King Institute of Preventive Medicine Micro-Biological Section reports 1909-11
Year: 1909
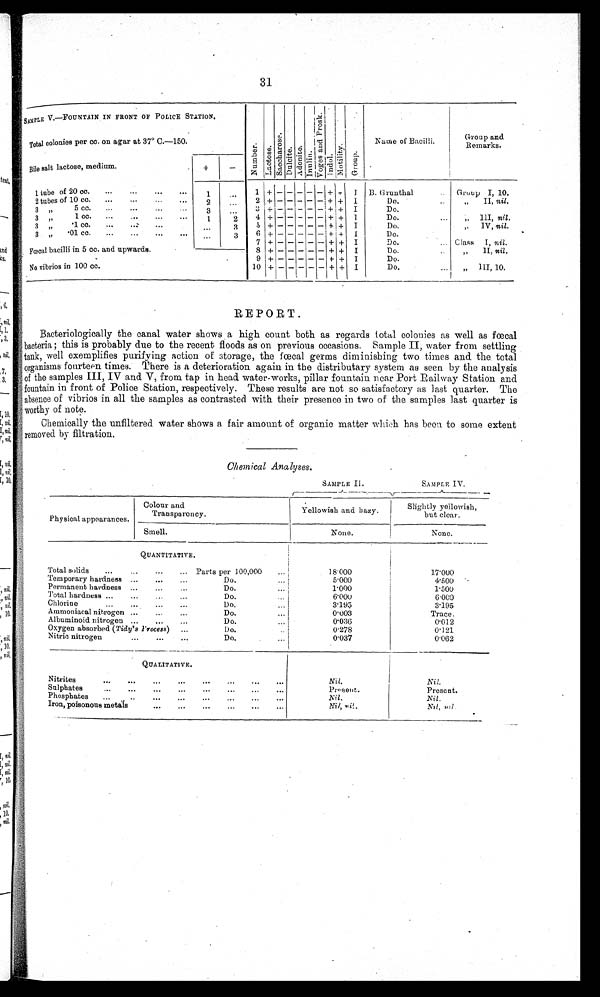
31
SAMPLE V.—FOUNTAIN IN FRONT OF POLICE STATION.
N u m b e r . L a c t o s e .
S a c h a c c r o s e .
D u l c i t e .
A d o n i t e . I n u l i n .
V o g e s a n d P r o s k .
Indol.
M o t i l i t y .
Group.
Name of Bacilli.
Group and
Remarks.
Total colonies per cc. on agar at 37° C.—150.
Bile salt lactose, medium.
+
-
1 tube of 20 cc.
...
...
...
...
1
...
1
+ - - - - - + + I B. Grunthal
... Group I, 10.
2 tubes of 10 cc.
...
...
... ... 2
...
2 + - - - - - + + I
Do.
...
,, II, nil.
3 ,, 5cc. ...
... ... ...
3 ... 3 + - - - - - + + I
Do.
3 ,,
1cc. ... ... ... ...
1
2
4 + - - - - - + + I
Do.
... ,, III, nil.
3 „
.1cc. ...
... ... ......
3 5 + - - - - - + + I
Do.
... „ IV, nil.
3 ,, .01cc ... ... ...
...
...
3
6 + - - - - - + + I
Do.
7 + - - - - - + + I
Do.
... Class I, nil.
Fœcal bacilli in 5 cc. and upwards.
8 + - - - - - + + I
Do.
...
„
11, nil .
9 + - - - - - + + I
Do.
No vibrios in 100 cc.
10 + - -
-
- - + + I
Do.
... „ III, 10.
REPORT.
Bacteriologically the canal water shows a high count both as regards total colonies as well as fœtal
bacteria ; this is probably due to the recent floods as on previous occasions. Sample II, water from settling
tank, well exemplifies purifying action of storage, the fœtal germs diminishing two times and the total
organisms fourteen times. There is a deterioration again in the distributary system as seen by the analysis
of the samples III, IV and V, from tap in head water-works, pillar fountain near Port Railway Station and
fountain in front of Police Station, respectively. These results are not so satisfactory as last quarter. The
absence of vibrios in all the samples as contrasted with their presence in two of the samples last quarter is
worthy of note.
Chemically the unfiltered water shows a fair amount of organic matter which has been to some extent
removed by filtration.
Chemical Analyses.
SAMPLE II.
SAMPLE IV.
Physical appearances.
Colour and
Transparency.
Yellowish and hazy.
Slightly yellowish,
but clear.
Smell.
None.
None.
QUANTITATIVE.
Total solids
...
...
...
...
Parts per 100,000 ...
18.000
17.000
Temporary hardness ...
...
...
Do.
... 5.000
4.500
Permanent hardness ...
... ...
Do.
...
1.000
1.500
Total hardness ...
...
... ...
Do.
...
6.000
6.000
Chlorine
...
...
...
...
Do.
...
3.195
3.195
Ammoniacal nitrogen ...
...
...
Do.
...
0.003
Trace.
Albuminoid nitrogen ...
...
...
Do.
...
0.036
0.012
Oxygen absorbed ( Tidy's Process ) ...
Do.
...
0.278
0.121
Nitric nitrogen
...
... ...
Do.
...
0.037
0.062
QUALITATIVE.
Nitrites
... ... ... ... ... ... ... ...
Nil.
Nil.
Sulphates
...
...
...
...
...
...
...
...
Present.
Present.
Phosphates
...
...
...
... ... ... ... ...Nil.
Nil.
Iron, poisonous metals ... ...
... ... ... ... ...
Nil, nil.
Nil, nil.